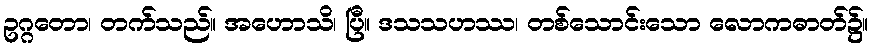
ဥဂ္ဂတော၊ တက်သည်။ အဟောသိ၊ ပြီ။ ဒသသဟဿ၊ တစ်သောင်းသော လောကဓာတ်၌။